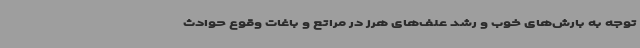
توجه به بارش‌های خوب و رشد علف‌های هرز در مراتع و باغات وقوع حوادث